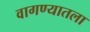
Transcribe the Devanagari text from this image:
वागण्यातला